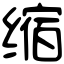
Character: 缩